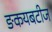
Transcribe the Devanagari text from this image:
ङकयबटीज